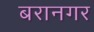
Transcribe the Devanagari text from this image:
बरानगर